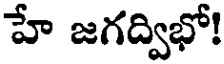
హే జగద్విభో!